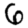
Digit: 6